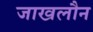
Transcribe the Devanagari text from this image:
जाखलौन